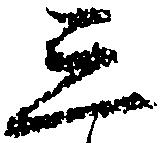
三